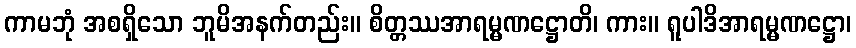
ကာမဘုံ အစရှိသော ဘူမိအနက်တည်း။ စိတ္တဿအာရမ္မဏဋ္ဌောတိ၊ ကား။ ရူပါဒိအာရမ္မဏဋ္ဌော၊